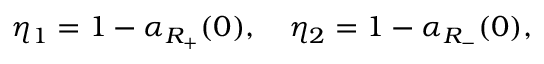
\eta _ { 1 } = 1 - \alpha _ { R _ { + } } ( 0 ) , \quad \eta _ { 2 } = 1 - \alpha _ { R _ { - } } ( 0 ) ,